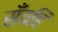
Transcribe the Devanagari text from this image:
सँचहि